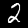
Digit: 2